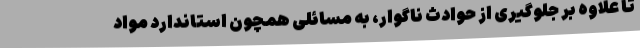
تا علاوه بر جلوگیری از حوادث ناگوار، به مسائلی همچون استاندارد مواد